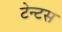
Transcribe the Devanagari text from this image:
टेन्टस